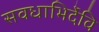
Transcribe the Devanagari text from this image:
सवधाभिर्देवि